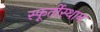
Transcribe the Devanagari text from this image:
स्फूर्तीस्थान